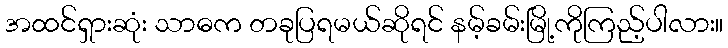
အထင်ရှားဆုံး သာဓက တခုပြရမယ်ဆိုရင် နမ့်ခမ်းမြို့ကိုကြည့်ပါလား။